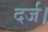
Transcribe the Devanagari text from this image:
दर्ज।